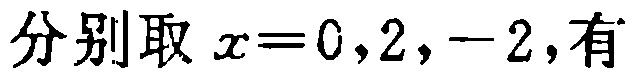
分别取 \(x = 0,2,-2\)，有